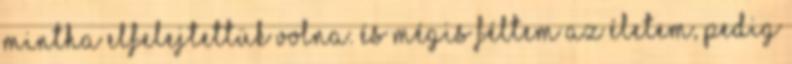
mintha elfelejtettük volna. És mégis féltem az életem, pedig